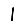
Digit: 1